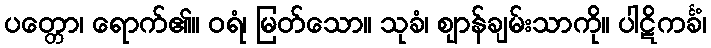
ပတ္တော၊ ရောက်၏။ ဝရံ၊ မြတ်သော။ သုခံ၊ ဈာန်ချမ်းသာကို။ ပါဋိကင်္ခံ၊